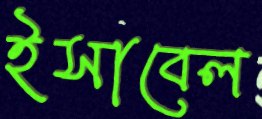
ইসাবেল